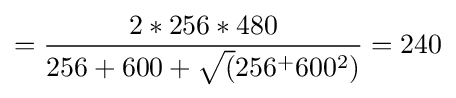
={2*256*480 \over 256+600+{\sqrt {(}}256^{+}600^{2})}=240